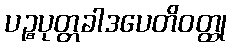
ပဉ္စပုတ္တခါဒပေတိဝတ္ထု